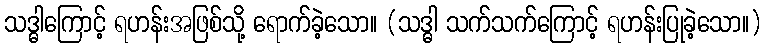
သဒ္ဓါကြောင့် ရဟန်းအဖြစ်သို့ ရောက်ခဲ့သော။ (သဒ္ဓါ သက်သက်ကြောင့် ရဟန်းပြုခဲ့သော။)